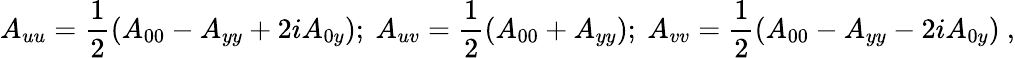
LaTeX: A_{uu}={\frac{1}{2}}(A_{00}-A_{yy}+2iA_{0y});~A_{uv}={\frac{1}{2}}(A_{00}+A_{yy});~A_{vv}={\frac{1}{2}}(A_{00}-A_{yy}-2iA_{0y})~,